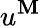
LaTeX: u^{\mathbf{M}}